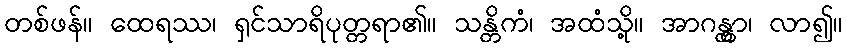
တစ်ဖန်။ ထေရဿ၊ ရှင်သာရိပုတ္တရာ၏။ သန္တိကံ၊ အထံသို့။ အာဂန္တွာ၊ လာ၍။